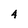
Character: 4